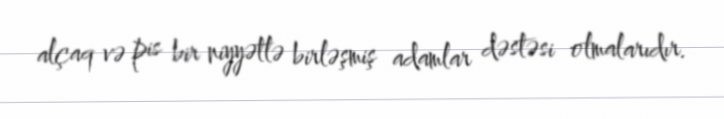
alçaq və pis bir niyyətlə birləşmiş adamlar dəstəsi olmalarıdır.